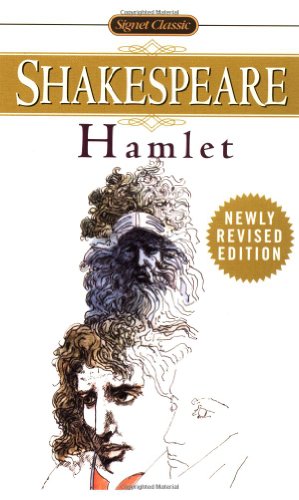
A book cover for Hamlet (Signet Classic Shakespeare); William Shakespeare; Literature & Fiction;